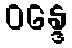
ဝန္ဒေ